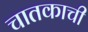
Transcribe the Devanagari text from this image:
चातकाची